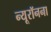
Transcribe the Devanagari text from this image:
न्यूरॉनना